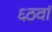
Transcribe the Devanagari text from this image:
६ठवां